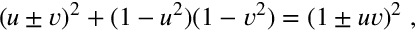
\begin{array} { r } { ( u \pm v ) ^ { 2 } + ( 1 - u ^ { 2 } ) ( 1 - v ^ { 2 } ) = ( 1 \pm u v ) ^ { 2 } \; , } \end{array}